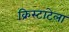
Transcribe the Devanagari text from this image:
क्रिस्टाटेला